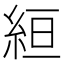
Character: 絙